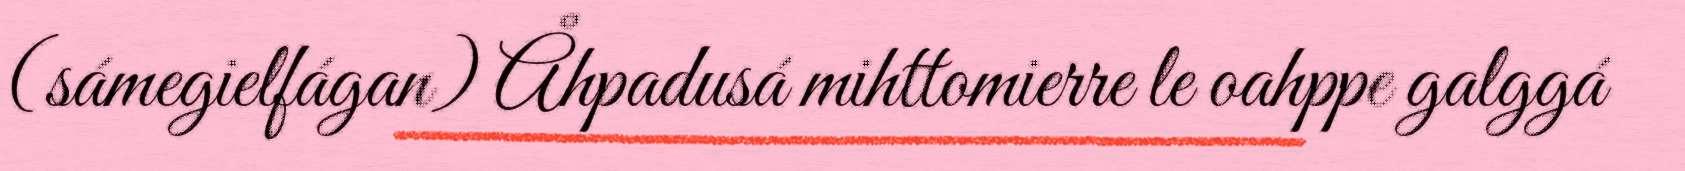
(sámegielfágan) Åhpadusá mihttomierre le oahppe galggá